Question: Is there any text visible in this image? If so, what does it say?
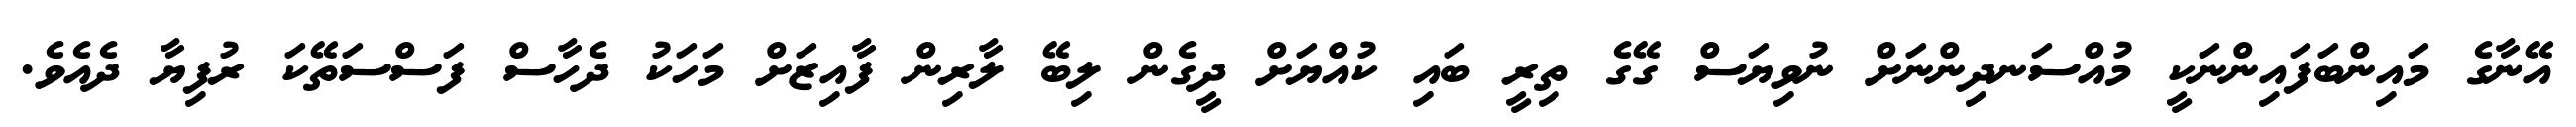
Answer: އޭނާގެ މައިންބަފައިންނަކީ މުއްސަނދިންނަށް ނުވިޔަސް ގޭގެ ތިރީ ބައި ކުއްޔަށް ދީގެން ލިބޭ ލާރިން ފާއިޒަށް މަހަކު ދެހާސް ފަސްސަތޭކަ ރުފިޔާ ދެއެވެ.